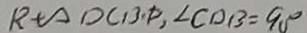
R + \Delta D C B P , \angle C D B = 9 0 ^ { \circ }